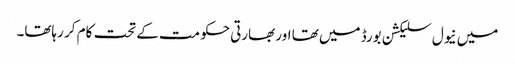
میں نیول سلیکشن بورڈ میں تھا اور بھارتی حکومت کے تحت کام کر رہاتھا۔